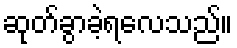
ဆုတ်ခွာခဲ့ရလေသည်။